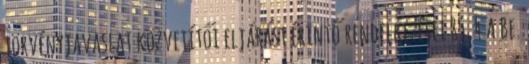
törvényjavaslat közvetítői eljárást érintő rendelkezései 85. 4 A Be.